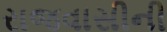
રાજવાસીની